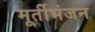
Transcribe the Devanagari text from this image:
मूर्तीभंजन